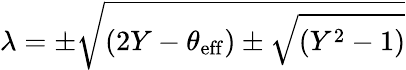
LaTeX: \lambda=\pm\sqrt{(2Y-\theta_{\mathrm{eff}})\pm\sqrt{(Y^{2}-1)}}